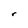
Character: r